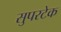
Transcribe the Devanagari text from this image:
सुपरटेक